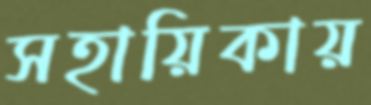
সহায়িকায়